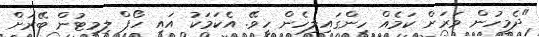
"ދެމީހުން ވަރަށް ކަމެއް ހިންގައިލިހެން ހީވޭ. އެކަމަކު އައި ހޯޕް ލިމިޓުން ބޭރަށް